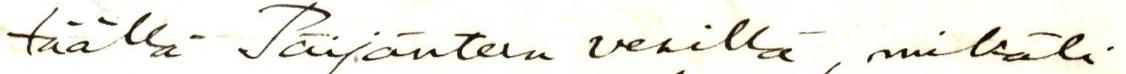
täällä Päijänteen vesillä, mikäli